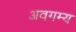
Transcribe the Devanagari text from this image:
अवगम्य